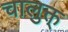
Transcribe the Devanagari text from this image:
चालुक्त्